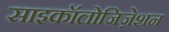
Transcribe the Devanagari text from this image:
साइकॉलोजिज़ेशन